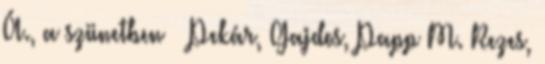
Á., a szünetben – Pekár, Gajdos, Papp M. Rezes,